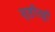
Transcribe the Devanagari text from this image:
सृष्टीतही